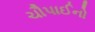
ચૌપાઈનો